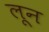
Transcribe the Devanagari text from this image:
लून